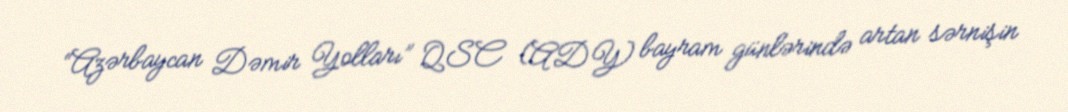
“Azərbaycan Dəmir Yolları” QSC (ADY) bayram günlərində artan sərnişin